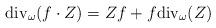
LaTeX: \begin{align*}{\rm div}_\omega(f\cdot Z)=Zf+f{\rm div}_\omega(Z)\end{align*}